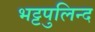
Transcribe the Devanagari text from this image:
भट्टपुलिन्द